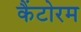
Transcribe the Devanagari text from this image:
कैंटोरम